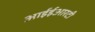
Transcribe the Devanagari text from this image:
आईईआरटी